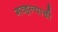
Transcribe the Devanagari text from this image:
गव्हल्याची